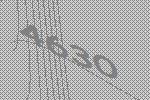
4630